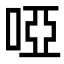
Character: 啞